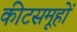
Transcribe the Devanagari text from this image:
कीटसमूहों